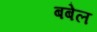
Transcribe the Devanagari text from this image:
बबेल